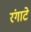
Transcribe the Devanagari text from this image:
रंगाटे